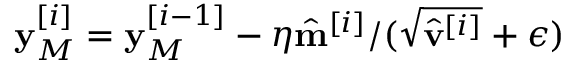
\mathbf { y } _ { M } ^ { [ i ] } = \mathbf { y } _ { M } ^ { [ i - 1 ] } - \eta \hat { \mathbf { m } } ^ { [ i ] } / ( \sqrt { \hat { \mathbf { v } } ^ { [ i ] } } + \epsilon )